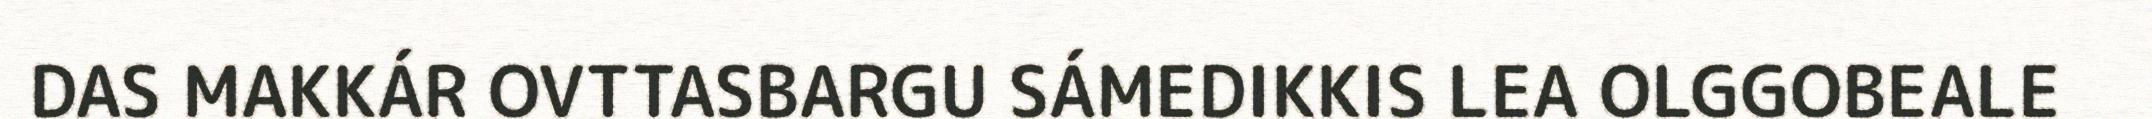
DAS MAKKÁR OVTTASBARGU SÁMEDIKKIS LEA OLGGOBEALE